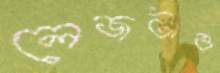
লেজটাও